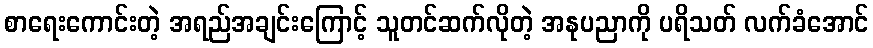
စာရေးကောင်းတဲ့ အရည်အချင်းကြောင့် သူတင်ဆက်လိုတဲ့ အနုပညာကို ပရိသတ် လက်ခံအောင်